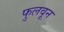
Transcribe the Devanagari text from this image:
फुलवून